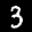
Label: 3